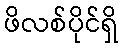
ဖိလစ်ပိုင်ရှိ